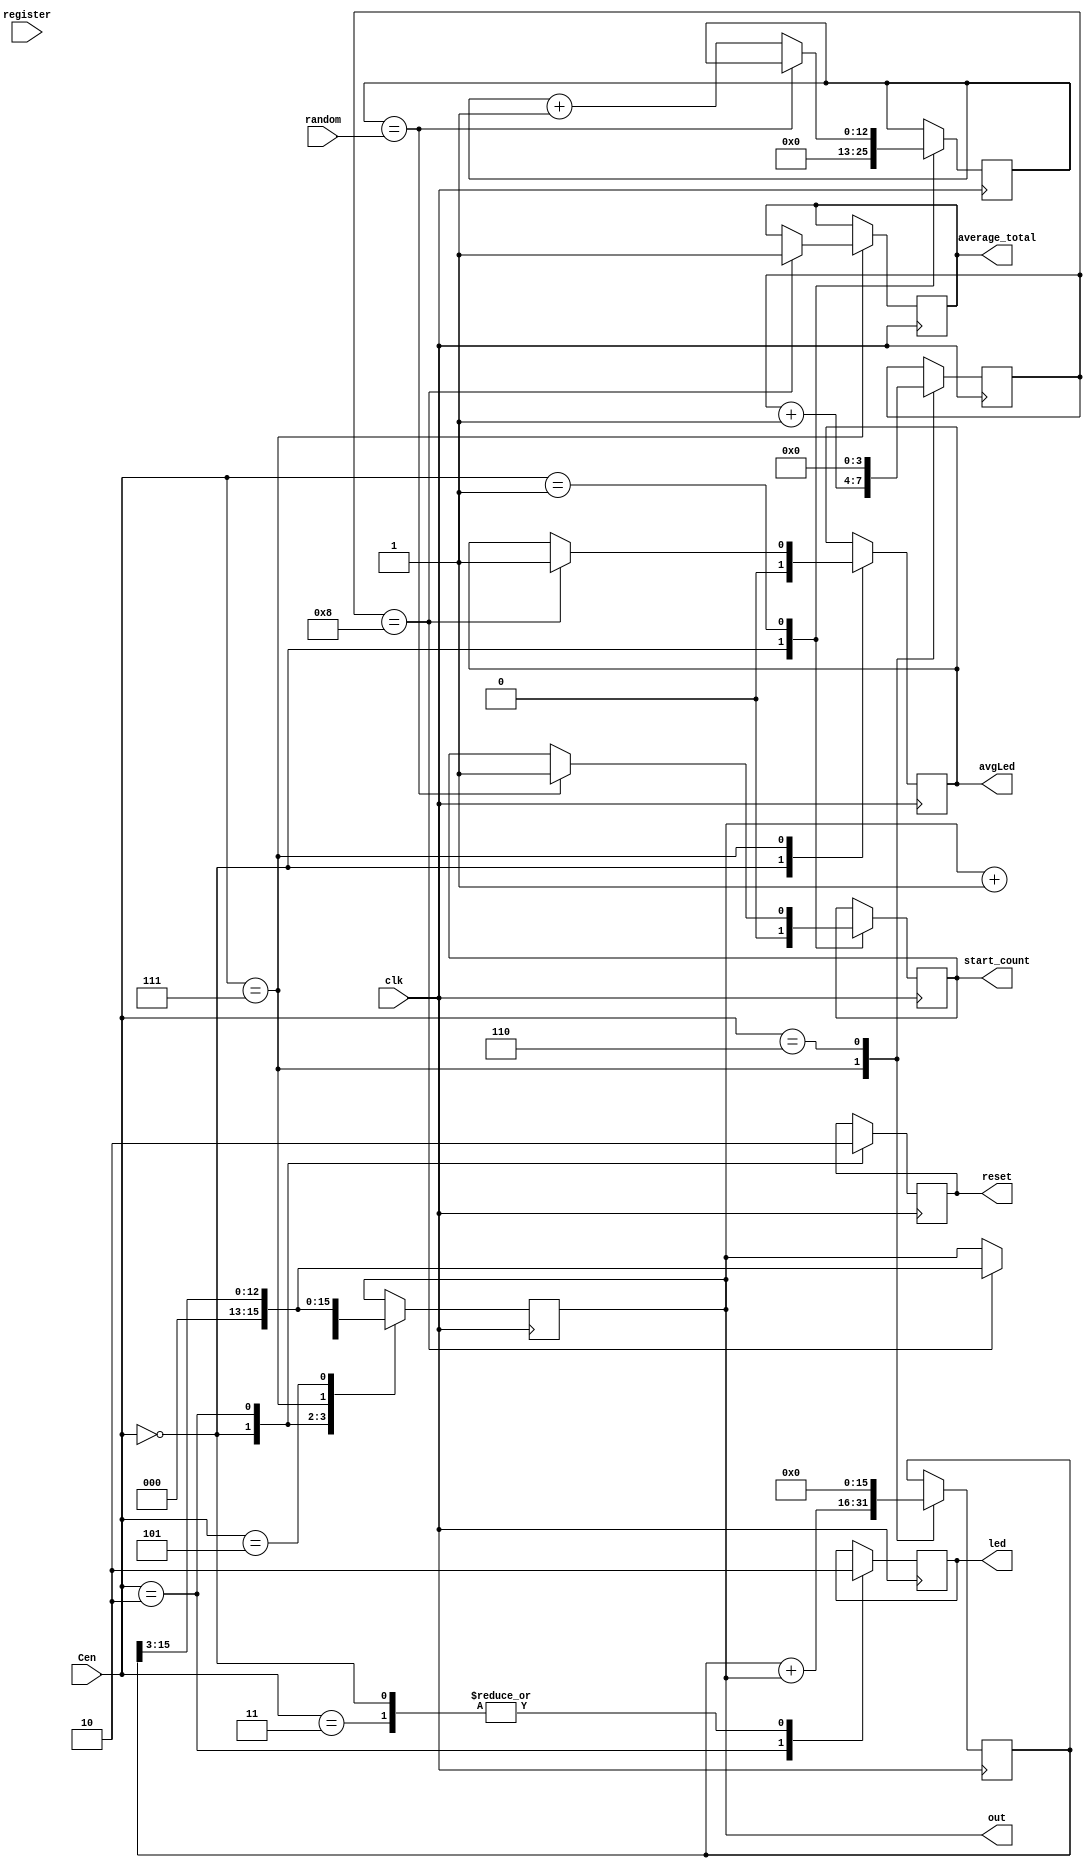
`timescale 1ns / 1ps
//////////////////////////////////////////////////////////////////////////////////
// Company: 
// Engineer: 
// 
// Design Name: 
// Module Name: counter
// Project Name: 
// Target Devices: 
// Tool Versions: 
// Description: 
// 
// Dependencies: 
// 
// Revision:
// Revision 0.01 - File Created
// Additional Comments:
// 
//////////////////////////////////////////////////////////////////////////////////


module counter(
    input clk,
    input register,
    input [2:0] Cen,
    input [12:0] random,
    
    output [15:0] out,
    output reg led,
    output reg avgLed,
    output reg reset,
    output reg start_count,
    output reg average_total
    );
    
    reg reg_en;
    reg [15:0] count;
    reg [15:0] regCount;
    reg [12:0] counter;
    
    reg [3:0] save_count;
    
//    always@(register)
//    begin
//        if(register)
//        begin
//            reg_en <= 1;
//            save_count <= save_count +1;
//            
//        end
//    end
    always@(posedge(clk))
    begin  
        case(Cen)
            3'b000 : 
            begin
                count <= 0;
                counter <= 0;
                led <= 1'b0;
                avgLed <= 1'b0;
                reset <= 1;
                //reg_en <= 0;
                start_count <= 0;
                
            end
            
            3'b001 : 
            begin    
                if(counter == random)
                    start_count <= 1;
                else
                    counter <= counter +1;
            end
            
            3'b010 :
            begin
                reset <= 0;
                count <= count +1;
                led <= 1'b1;
            end
            
            3'b011 :
            begin
                count <= count;
                led <= 1'b0;
            end
            
            3'b111 :
            begin
                //if(reg_en == 1)
                regCount <= regCount + count;
                save_count <= save_count +1;
                if(save_count == 8)
                begin
                   avgLed <= 1'b1;
                   average_total <= 1; 
                   count <= regCount >> 3;
                end
            end
            
            3'b101 :
                count <= regCount >> 3;//regCount/16'd8;
                
            3'b110 : begin
                regCount <= 0;
                save_count <= 0;
                end
        endcase 
    end       
    
    
    assign out = count;   
endmodule